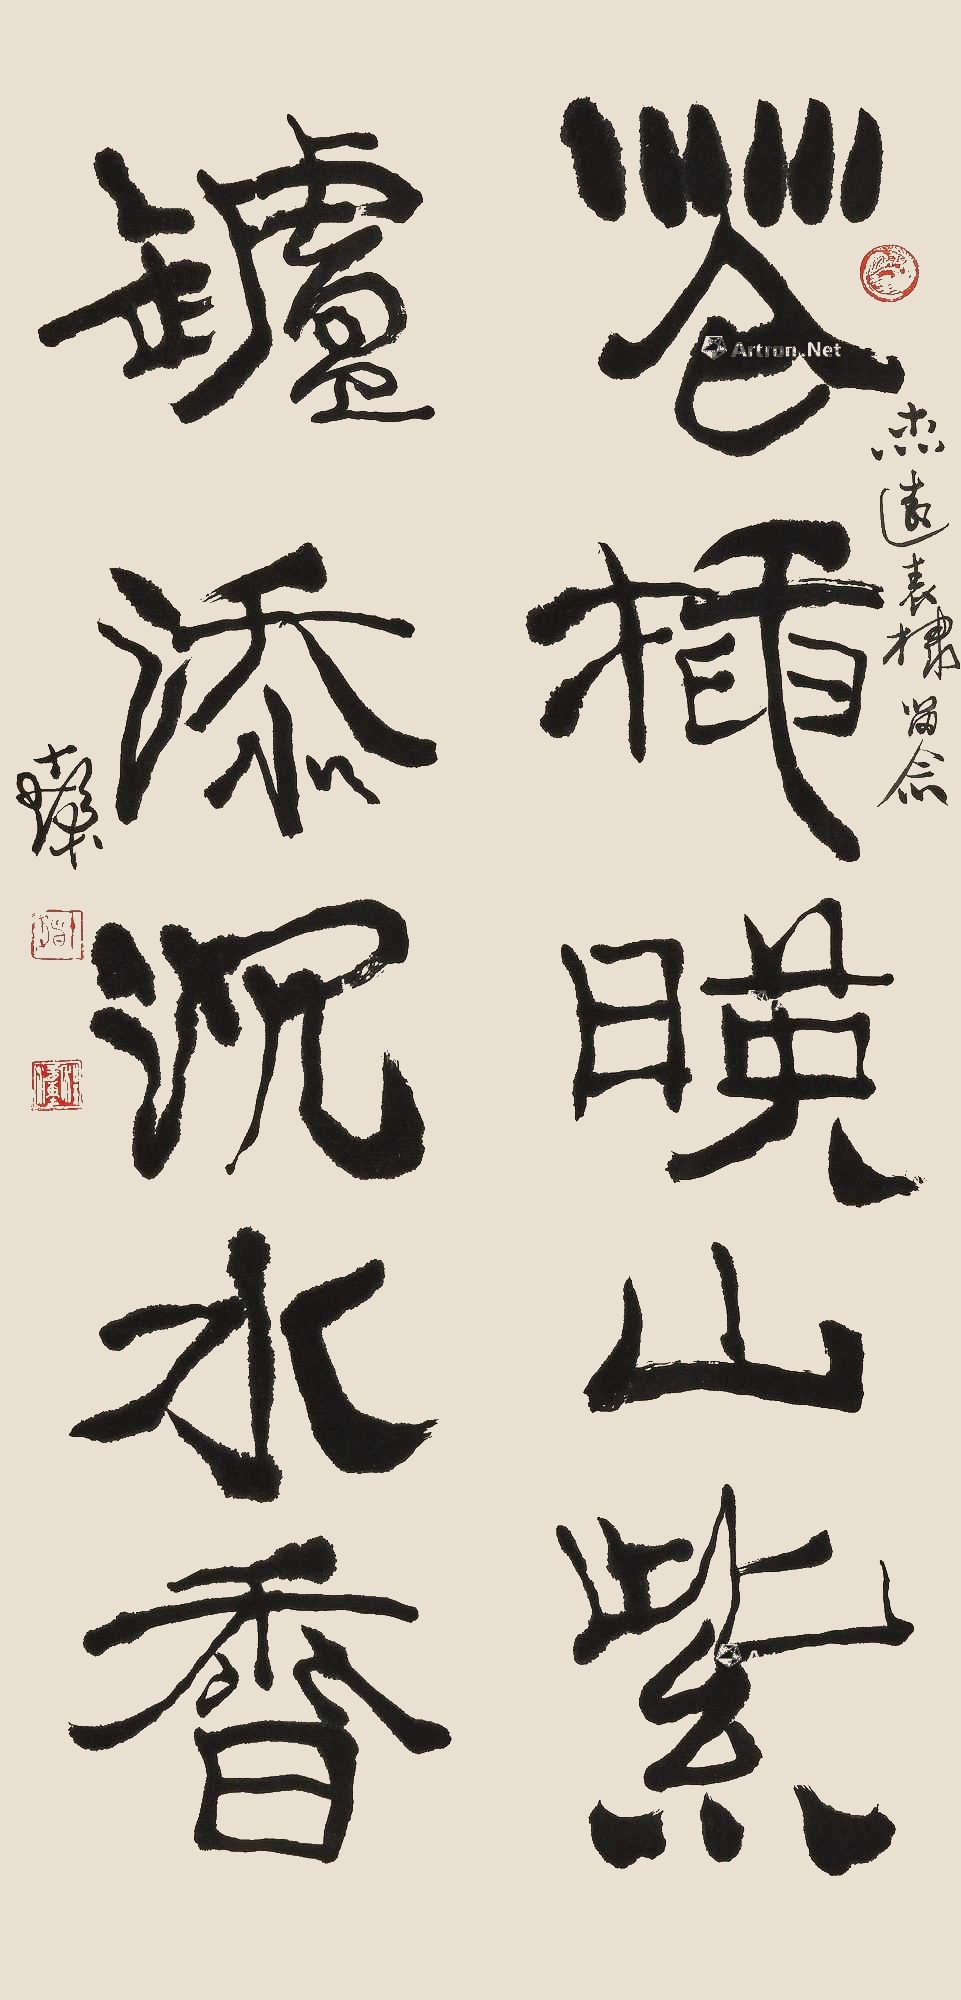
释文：花插映山紫，炉添沉水香。杰远表棣留念，十发。